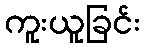
ကူးယူခြင်း